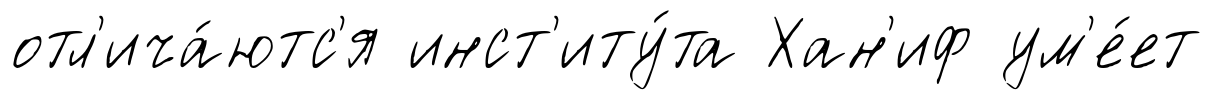
отл'ича́ютс'я инст'иту́та Хан'иф ум'е́ет